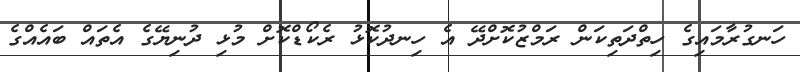
ހަނގުރާމައިގެ ހިތްދަތިކަން ރަމްޒުކޮށްދޭ އެ ހިނދުކޮޅު ރެކޯޑްކޮށް މުޅި ދުނިޔޭގެ އެތައް ބައެއްގެ